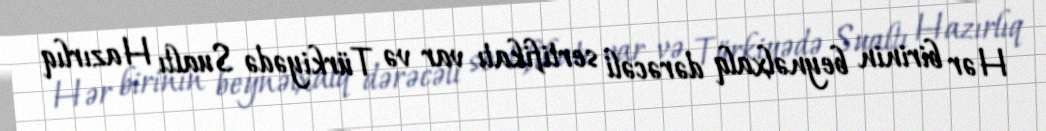
Hər birinin beynəlxalq dərəcəli sertifikatı var və Türkiyədə Sualtı Hazırlıq